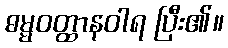
ဓမ္မဝတ္ထာနဝါရ ပြီး၏။